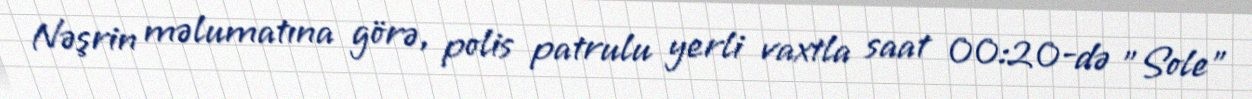
Nəşrin məlumatına görə, polis patrulu yerli vaxtla saat 00:20-də "Sole"